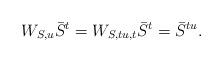
LaTeX: \begin{align*}W_{S,u}\bar{S}^{t} =W_{S,tu,t}\bar{S}^{t}=\bar{S}^{tu}. \end{align*}